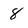
Character: 8